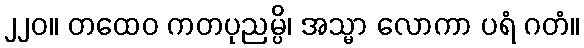
၂၂၀။ တထေဝ ကတပုညမ္ပိ၊ အသ္မာ လောကာ ပရံ ဂတံ။